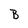
Character: B